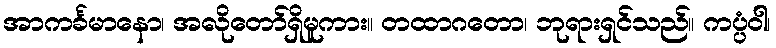
အာကင်္ခမာနော၊ အလိုတော်ရှိမူကား။ တထာဂတော၊ ဘုရားရှင်သည်။ ကပ္ပံဝါ၊